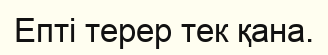
Епті терер тек қана.